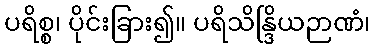
ပရိစ္စ၊ ပိုင်းခြား၍။ ပရိသိန္ဒြိယဉာဏံ၊